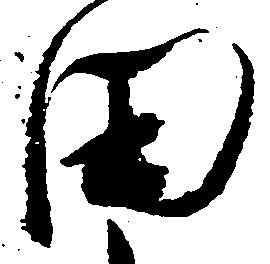
田